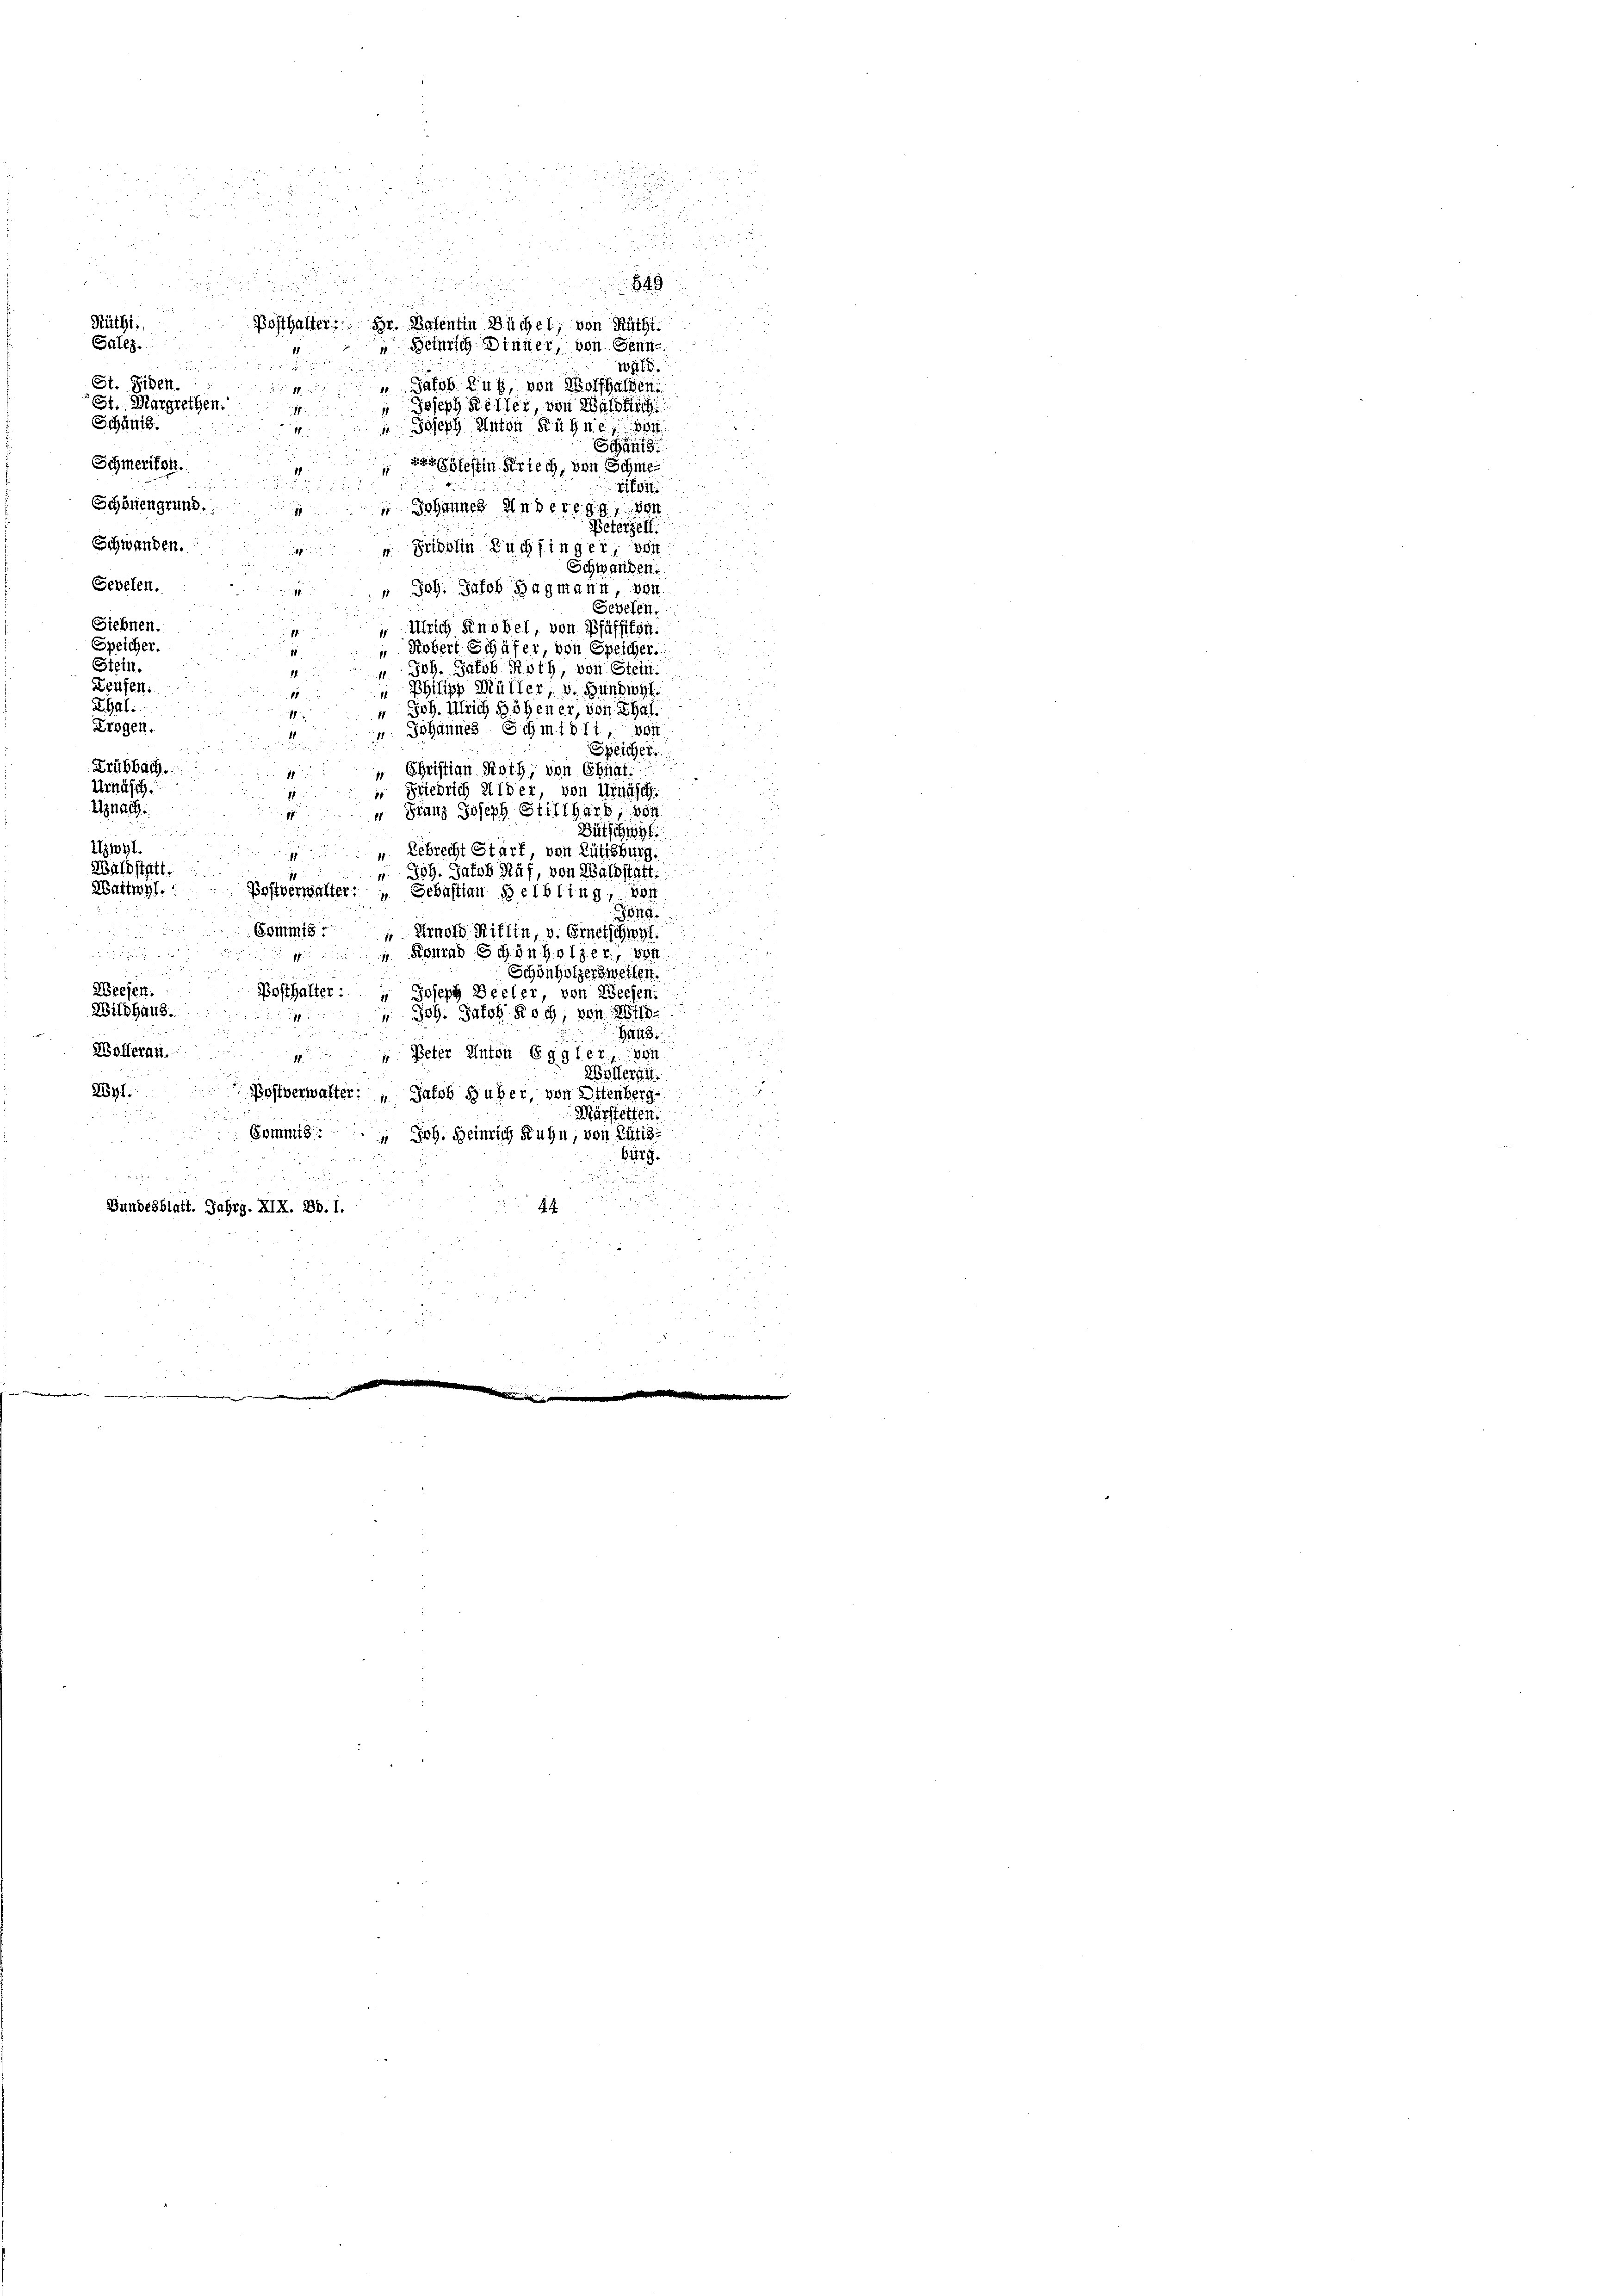
2
i
2
u
u
9
2
i
Rüthi
Posthalter. Hr. Patentin Büchel, von Rüthi
Salez.
 Heinrich Dinner, von Senn
ude dieser
wäld.
St. Siben.
Satob Zug, von Wolfhalten.
St. Margrethen.
 Joseph Keller, von Waldflich

Schänig.
 Joseph Anton Rühne, 104
1

Schmerikon.
 der Geleitin Kriech, von Schme

rifont
Schönengrund.
 Johannes Anderegg von
Peterzell
Schwanden.
u. Fridolin Tuchfinger, von
Schwanden.
Gebeten.
 Joh. Jakob Hagmann, von
Geselen.
Siebnen.
 Ulrich Knobel, von Pfäffikon.
Speicher.
" Robert Schäfer, von Speicher.
Stein.
" Joh. Jakob Roth, von Stein.
Belfen.
 Philipp Müller, v. Hundwyl.
Thal.
 Joh. Ulrich Höhener, von Thal.
Trogen.
 Johannes Schmidli, vort
Speicher.
Krübbach.
" Christian Rath, von Ebnat
Urnäsch.
 Friedrich Wider, von Windsch
Enach
 Franz Joseph Stillhard, son
Bütschwyl

Itzwyl.

 Lebrecht Starf, von Rütisburg.
Waldstatt
 Joh. Jakob Näf, von Waldstatt.
Wattwyl.:
Postverwalter: „ Sebastian Helbling, von
27
3044.
Commis, Arnold Riffin, v. Ernetschwyl.
 Konrad Schönholzer, von
Schönholzersweilen.
Weesen.
Posthalter: " Joseph Beeler, von Weesen.
Wildhaus.
 Joh. Jakob Koch, von M
Hand
Wolleran.
" Peter Anton Eggler, von
1
Wollerant.
2yl. Bohlverwalter: " Jakob Huber, von Ottenberg-
Märstetten.
Commis. Joh. Heinrich Kuhn, von Rütis
61119.

Bundesblatt. Jahrg. XIX. Bd. I.
44
2

e

u